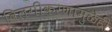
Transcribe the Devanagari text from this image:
विलगीकरणामुळेही